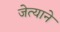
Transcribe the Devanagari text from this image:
जेत्याने